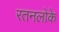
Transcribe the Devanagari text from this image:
रतनलोके